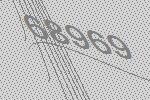
68969